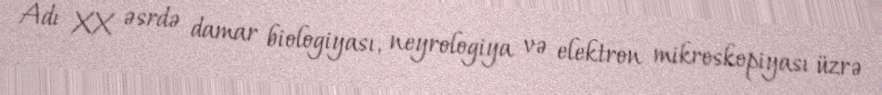
Adı XX əsrdə damar biologiyası, neyrologiya və elektron mikroskopiyası üzrə